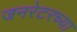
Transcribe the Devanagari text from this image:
जनरेटरच्या